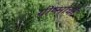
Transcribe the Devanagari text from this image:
ग्रीष्माची